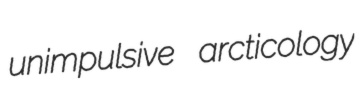
unimpulsive arcticology